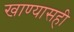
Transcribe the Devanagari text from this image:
खाण्यासही